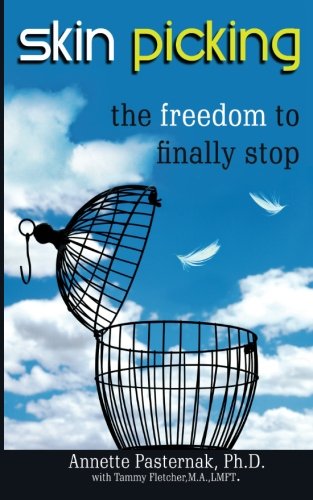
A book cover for Skin Picking: The Freedom to Finally Stop; Annette Pasternak Ph.D.; Health, Fitness & Dieting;